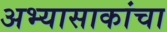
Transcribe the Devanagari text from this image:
अभ्यासाकांचा